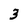
Character: 3